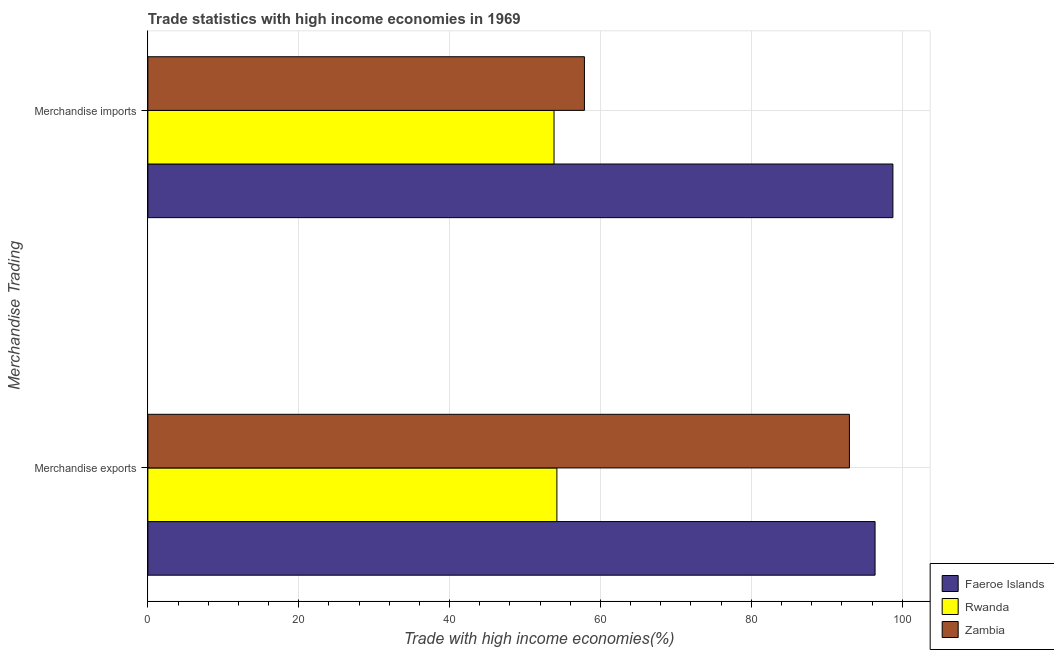
| Merchandise Trading | Faeroe Islands | Rwanda | Zambia |
 | --- | --- | --- | --- |
 | Merchandise exports | 96.4 | 54.2 | 93 |
 | Merchandise imports | 98.8 | 53.8 | 57.9 |